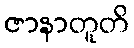
ဇာနာတူတိ